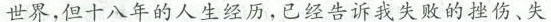
世界，但十八年的人生经历，已经告诉我失败的挫伤、失